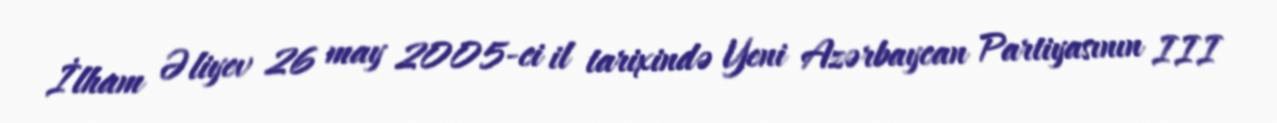
İlham Əliyev 26 may 2005-ci il tarixində Yeni Azərbaycan Partiyasının III